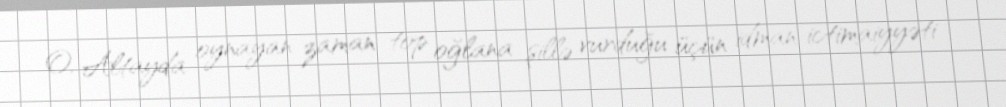
O, Altayda oynayan zaman top oğlana şillə vurduğu üçün idman ictimaiyyəti